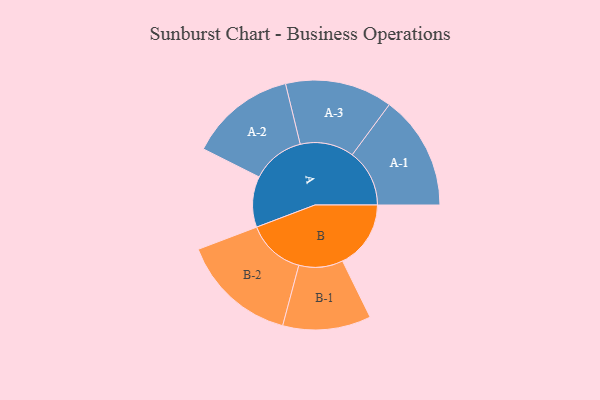
{"axis": {"x": "Segment", "y": "Value"}, "legend": ["", "A", "B"], "data": [{"x": "A", "y": 258, "type": ""}, {"x": "B", "y": 347, "type": ""}, {"x": "A-1", "y": 291, "type": "A"}, {"x": "A-2", "y": 270, "type": "A"}, {"x": "A-3", "y": 273, "type": "A"}, {"x": "B-1", "y": 224, "type": "B"}, {"x": "B-2", "y": 295, "type": "B"}]}